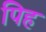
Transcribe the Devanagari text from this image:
पिह